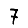
Digit: 7